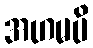
အဟမပိ